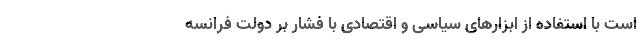
است با استفاده از ابزارهای سیاسی و اقتصادی با فشار بر دولت فرانسه